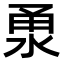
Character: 𣵳